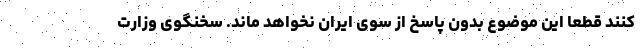
کنند قطعا این موضوع بدون پاسخ از سوی ایران نخواهد ماند. سخنگوی وزارت